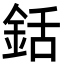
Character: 銛